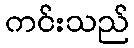
ကင်းသည်